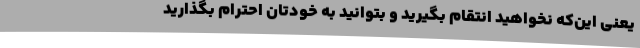
یعنی این‌که نخواهید انتقام بگیرید و بتوانید به خودتان احترام بگذارید